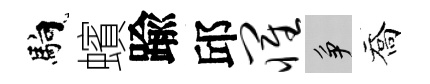
馿蠙踰邱罹争喬